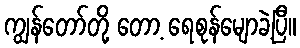
ကျွန်တော်တို့ တော့ ရေစုန်မျောခဲ့ပြီ။